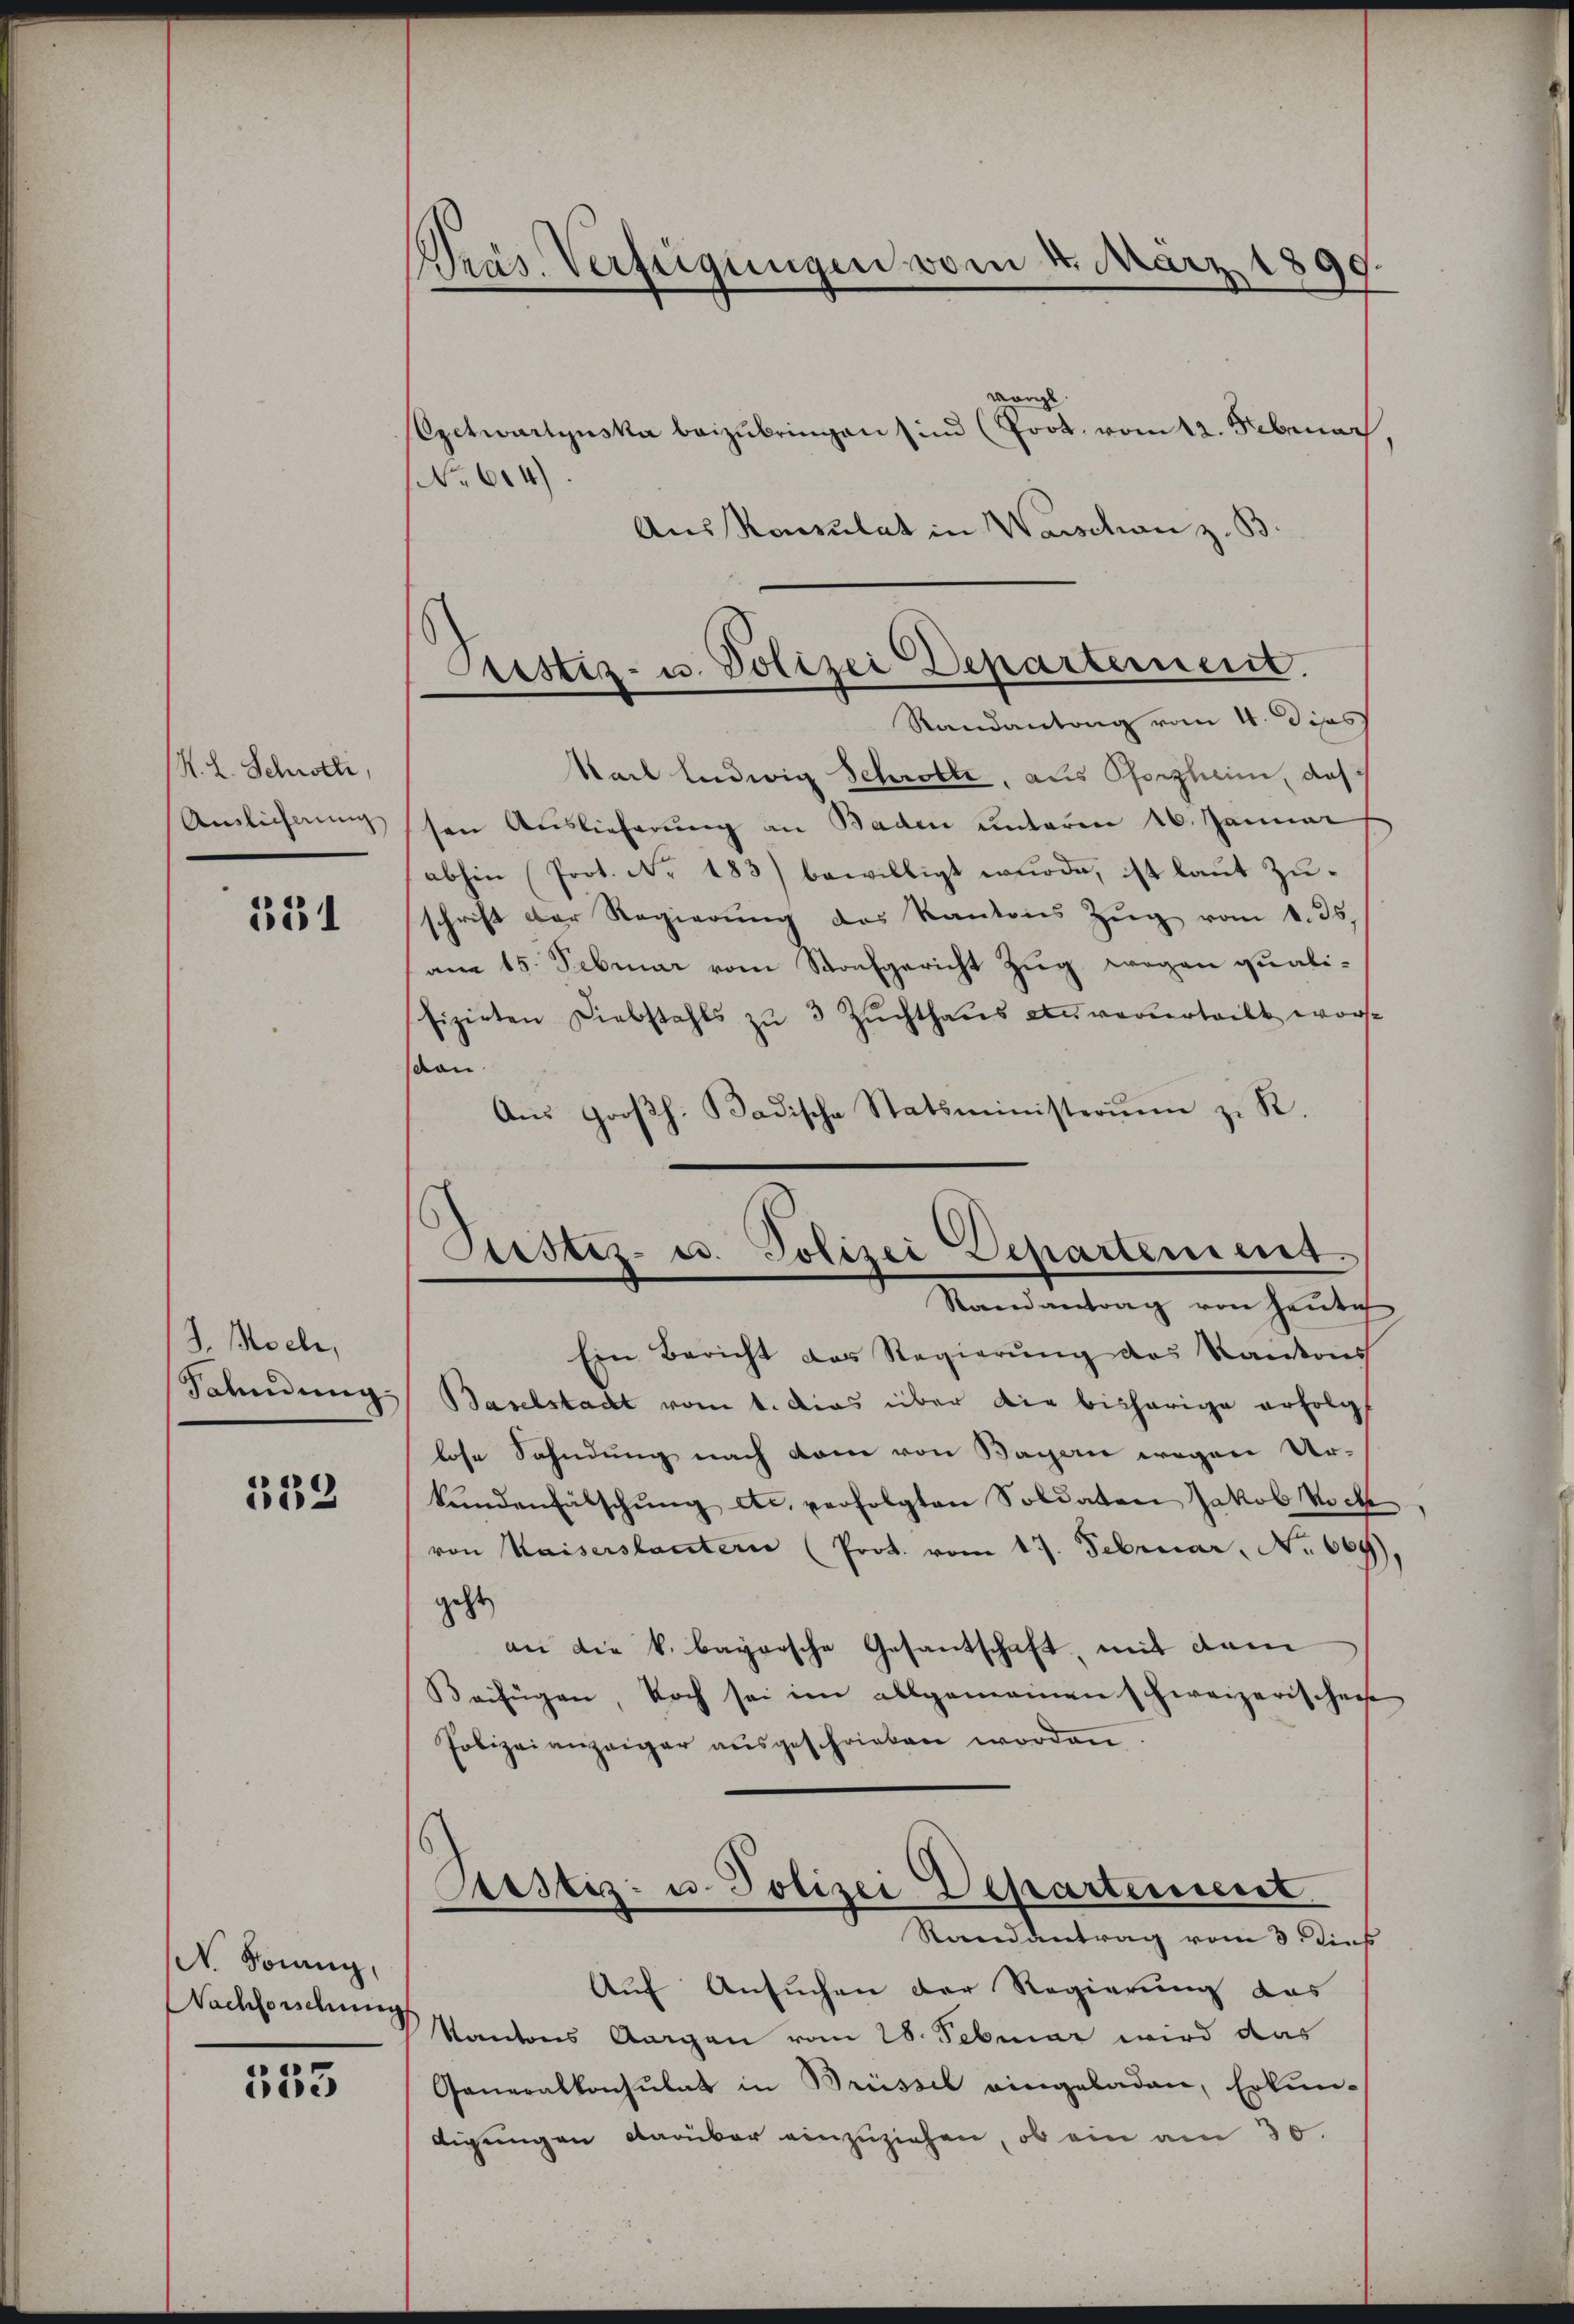
R. L. Schritte,
Ainlicherung

531

J. Moch,
Sahndung

533

N. Sonng,
Nachforschung

553

Präs. Verfügungen vom 4. März 1899

Fristiz- u. Polizei Departement.

vorge
Exctwartynska beizubringen sind (Prot. vom 12. Februar
No 614).
Aussagulat in Warschan z. B.
Randantrag vom 4. Diss
Karl Ludwig Schrötte, aus Pforzheim, daß
sen Auslieferung an Baden unterm 16. Januar
abhin Prot. No. 183) bewilligt wŭrde, ist laut Zuschrift der Regierŭng des Kantons Zŭg vom 1. 35.
am 15. Februar vom Stonfgericht Zug wegen qualifizirten Diebstahls zŭ 3 Zŭchthaŭs an verurteilt worscan
Aŭs Groβh. Badische Statsministerim zu R.
Ein Bericht das Regierŭng des Kantons
Baselstadt vom 1. Das über die bisherige erfolg
lose Sahndung nach dem von Bagen wegen Urkŭndenfälschŭng etc. verfolgten Soldaten Jakob Hoch
von Kaiserstantern (Prot. vom 17. Februar, No 669),
geht
an die k. bayrische Gesantschaft, mit dam
Beifügen, doch sei im allgemeinen schweizerischen
Polizei anzeiger ausgeschrieben worden
Pustiz- u. Polizei Departement
Randantrag vom 3. Dies
Auf Ansuchen der Regierung das
Kantons Aargau vom 28. Februar wird das
Generalkonsulat in Brüssel eingeladen, Erkun-
digungen darüber einzuziehen, ob ein am 30.

Justiz- u. Polizei Departement
Randantrag von Heute